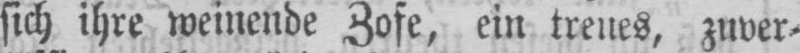
sich ihre weinende Zofe, ein treues, zuver⸗